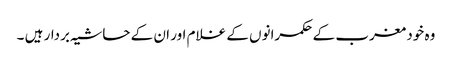
وہ خود مغرب کے حکمرانوں کے غلام اور ان کے حاشیہ بردار ہیں ۔